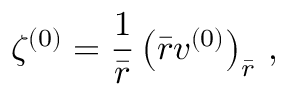
\zeta ^ { ( 0 ) } = \frac { 1 } { \bar { r } } \left( \bar { r } v ^ { ( 0 ) } \right) _ { \bar { r } } \, ,